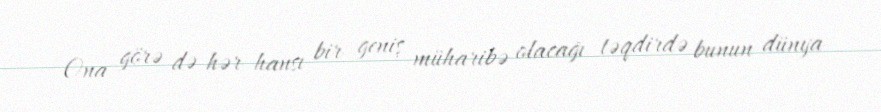
Ona görə də hər hansı bir geniş müharibə olacağı təqdirdə bunun dünya